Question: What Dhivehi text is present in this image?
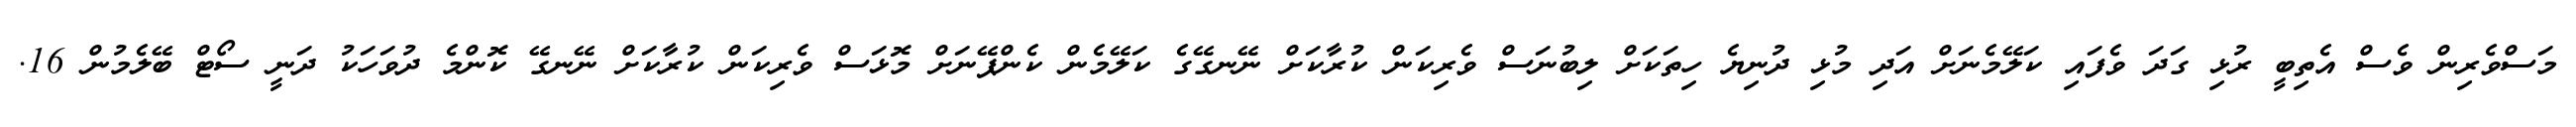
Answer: މަސްވެރިން ވެސް އެތިބީ ރުޅި ގަދަ ވެފައި ކަލޭމެނަށް އަދި މުޅި ދުނިޔެ ހިތަކަށް ލިބުނަސް ވެރިކަން ކުރާކަށް ނޭނގޭގެ ކަލޭމެން ކެންޕޭނަށް މޮޅަސް ވެރިކަން ކުރާކަށް ނޭނގޭ ކޮންމެ ދުވަހަކު ދަނީ ސޯޓް ބޭލެމުން 16.